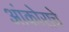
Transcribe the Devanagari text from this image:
आंकोराचे